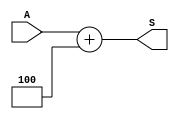
`timescale 1ns / 1ps
module inc4_32(A, S);
   input [31:0] A;
   output reg [31:0] S;

   always @(A) begin
      S = A + 4;
   end
endmodule